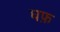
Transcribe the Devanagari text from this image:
घफ़